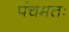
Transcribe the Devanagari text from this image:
पंचमतः